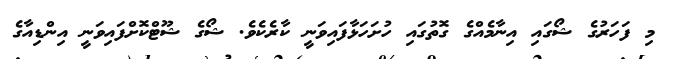
މި ފަހަރުގެ ޝޯގައި އިނާމެއްގެ ގޮތުގައި ހުށަހަޅާފައިވަނީ ކާރެކެވެ. ޝޯގެ ޝޫޓްކޮށްފައިވަނީ އިންޑިއާގެ